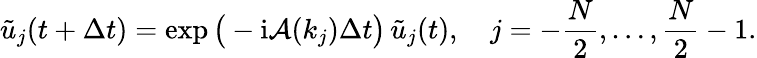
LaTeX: \tilde{u}_{j}(t+\Delta t)=\exp\big(-\mathrm{i}\mathcal{A}(k_{j})\Delta t\big)\, \tilde{u}_{j}(t),\quad j=-\frac{N}{2},\dots,\frac{N}{2}-1.